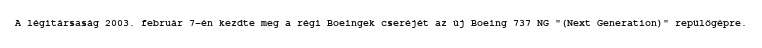
A légitársaság 2003. február 7-én kezdte meg a régi Boeingek cseréjét az új Boeing 737 NG "(Next Generation)" repülőgépre.